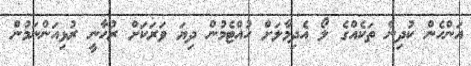
އަންހެން ކުދިން ތަކެއްގެ ލޯ އެދިމާލަށް ހުއްޓެމުން ދިޔަ ވަރަކަށް ރުހާނީ ރުޅިއަންނަމުން